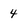
Character: 4